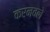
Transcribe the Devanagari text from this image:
करनवले